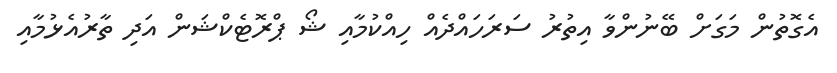
އެގޮތުން މަގަށް ބޭނުންވާ އިތުރު ސަރަހައްދެއް ހިއްކުމާއި ޝޯ ޕްރޮޓެކްޝަން އަދި ތާރުއެޅުމާއި